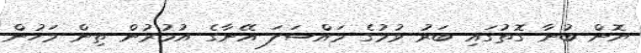
ޔޮން ބުނާ ގޮތުގައި ބަރު ވުމުގެ މައްސަލަ އޭނާގެ އުމުރުން ތިން މަހުން